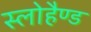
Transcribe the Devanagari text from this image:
स्लोहैण्ड